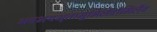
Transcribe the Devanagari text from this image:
भवभयभृतामूर्मिलेवोर्मिलैव